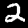
Label: 2